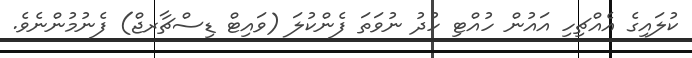
ކުލައިގެ އެއްޗިހި އައުން ހުއްޓި ހުދު ނުވަތަ ފެންކުލަ (ވައިޓް ޑިސްޗާރޖް) ފެނުމުންނެވެ.